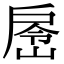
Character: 𭠉